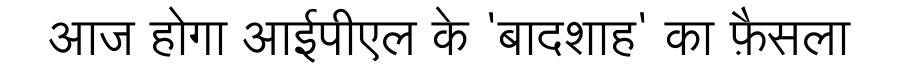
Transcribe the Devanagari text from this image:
आज होगा आईपीएल के 'बादशाह' का फ़ैसला